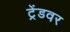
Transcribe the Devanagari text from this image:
ट्रेंडवर